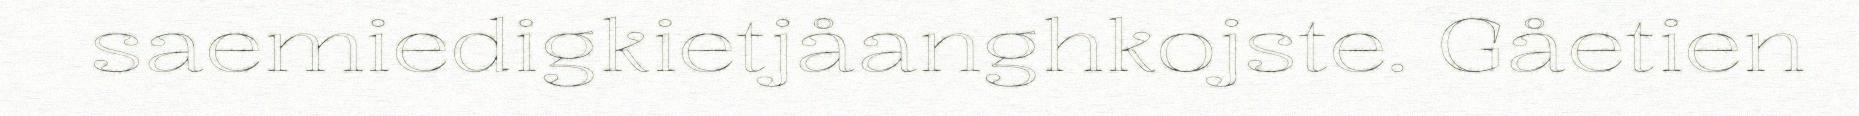
saemiedigkietjåanghkojste. Gåetien